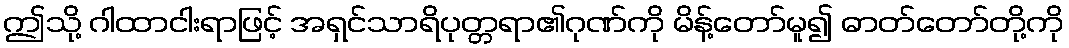
ဤသို့ ဂါထာငါးရာဖြင့် အရှင်သာရိပုတ္တရာ၏ဂုဏ်ကို မိန့်တော်မူ၍ ဓာတ်တော်တို့ကို